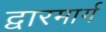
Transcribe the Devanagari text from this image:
द्वारमार्ग